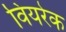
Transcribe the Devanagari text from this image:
वियरेक